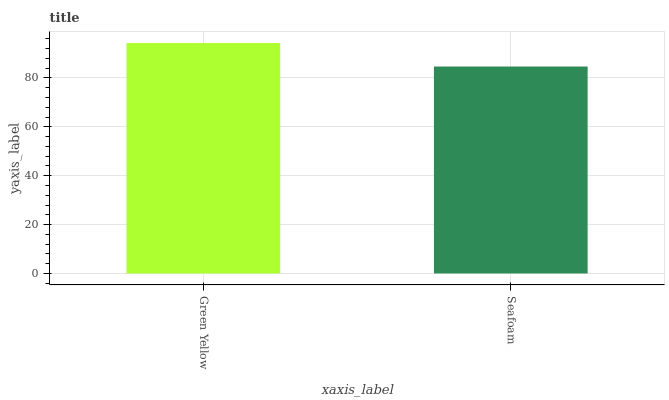
| xaxis_label | bars |
 | --- | --- |
 | Green Yellow | 94.3 |
 | Seafoam | 84.7 |